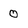
Character: 0